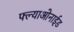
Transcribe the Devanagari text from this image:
फ्ल्याओनाईड